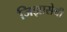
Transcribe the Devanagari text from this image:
जिज्ञासेची